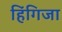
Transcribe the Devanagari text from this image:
हिंगिजा